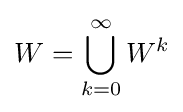
W=\bigcup _{k=0}^{\infty }W^{k}